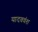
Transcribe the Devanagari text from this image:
यादववंश